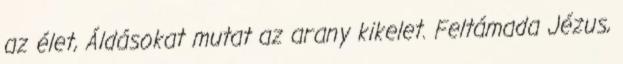
az élet, Áldásokat mutat az arany kikelet. Feltámada Jézus,